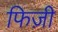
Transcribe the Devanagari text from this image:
फिज़ी